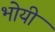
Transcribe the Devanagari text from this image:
भोयी